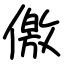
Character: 儌